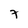
Character: 7